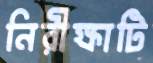
নিরীক্ষাটি